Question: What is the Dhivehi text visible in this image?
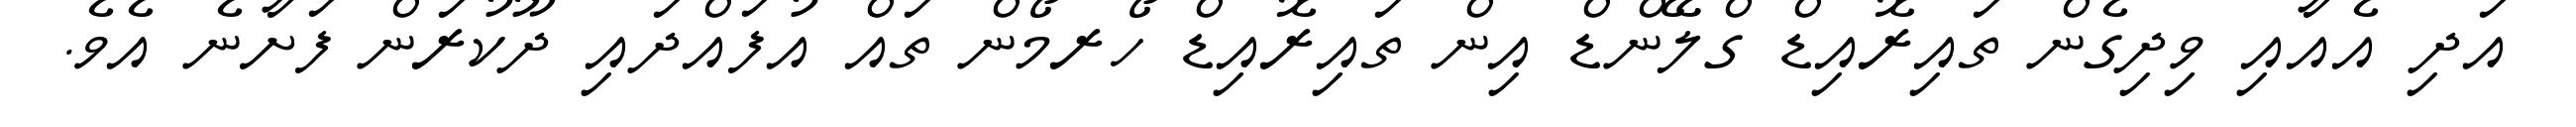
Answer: އަދި އެއާއި ވިދިގެން ތައިރޮއިޑް ގްލޭންޑް އިން ތައިރޮއިޑް ހޯރމޯން ތައް އުފައްދައި ދޫކުރަން ފަށާނެ އެވެ.